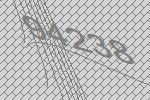
94238